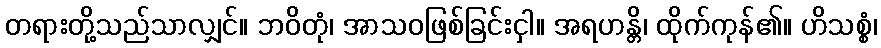
တရားတို့သည်သာလျှင်။ ဘဝိတုံ၊ အာသဝဖြစ်ခြင်းငှါ။ အရဟန္တိ၊ ထိုက်ကုန်၏။ ဟိသစ္စံ၊